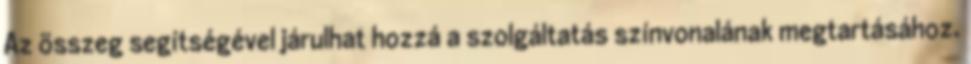
Az összeg segítségével járulhat hozzá a szolgáltatás színvonalának megtartásához.